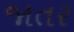
જાતર